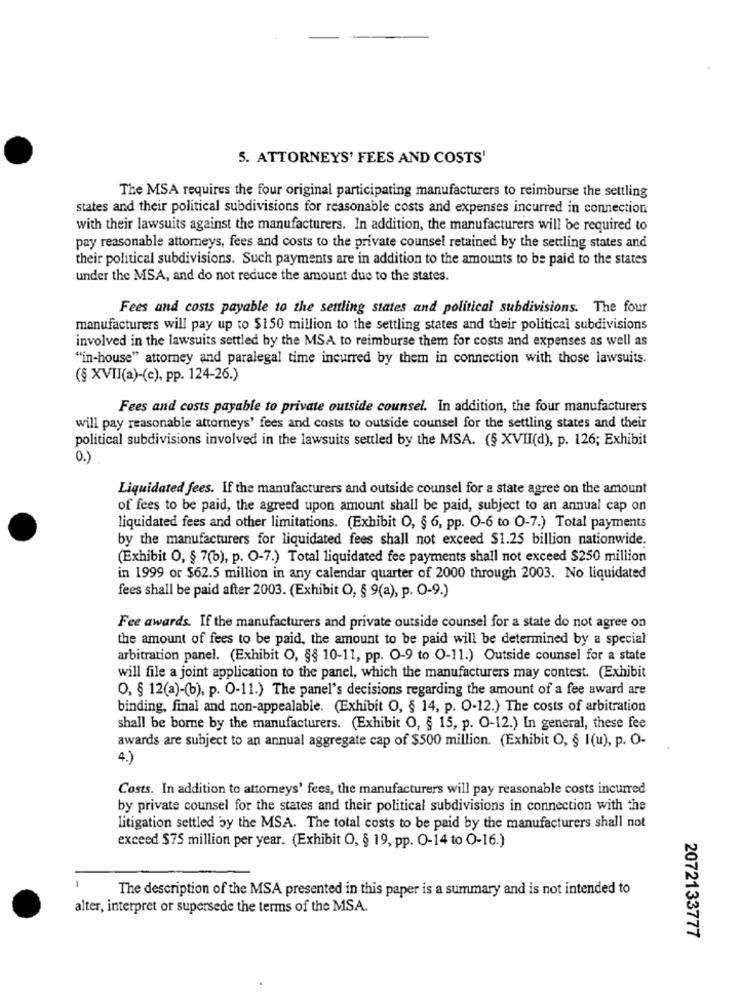
5. ATTORNEYS' FEES AND COSTS'
The MSA requires the four original participating manufacturers to reimburse the settling
states and their political subdivisions for reasonable costs and expenses incurred in connection
with their lawsuits against the manufacturers. In addition, the manufacturers will be required to
pay reasonable attorneys, fees and costs to the private counsel retained by the settling states and
their political subdivisions. Such payments are in addition to the amounts to be paid to the states
under the MSA, and do not reduce the amount due to the states.
Fees and costs payable to the settling states and political subdivisions. The four
manufacturers will pay up to $150 million to the settling states and their political subdivisions
involved in the lawsuits settled by the MSA to reimburse them for costs and expenses as well as
"in-house" attorney and paralegal time incurred by them in connection with those lawsuits.
(§ XVII(a)-(c), pp. 124-26.)
Fees and costs payable to private outside counsel. In addition, the four manufacturers
will pay reasonable attorneys' fees and costs to outside counsel for the settling states and their
political subdivisions involved in the lawsuits settled by the MSA. (§ XVII(d), p. 126; Exhibit
Liquidated fees. If the manufacturers and outside counsel for a state agree on the amount
of fees to be paid, the agreed upon amount shall be paid, subject to an annual cap on
liquidated fees and other limitations. (Exhibit O, § 6, pp. O-6 to O-7.) Total payments
by the manufacturers for liquidated fees shall not exceed $1.25 billion nationwide.
(Exhibit O, § 7(b), p. O-7.) Total liquidated fee payments shall not exceed $250 million
in 1999 or $62.5 million in any calendar quarter of 2000 through 2003. No liquidated
fees shall be paid after 2003. (Exhibit O, § 9(a), p. O-9.)
Fee awards. If the manufacturers and private outside counsel for a state do not agree on
the amount of fees to be paid, the amount to be paid will be determined by a special
arbitration panel. (Exhibit O, §§ 10-11, pp. O-9 to O-11.) Outside counsel for a state
will file a joint application to the panel, which the manufacturers may contest. (Exhibit
O, § 12(a)-(b), p. O-11.) The panel's decisions regarding the amount of a fee award are
binding, final and non-appealable. (Exhibit O, § 14, p. O-12.) The costs of arbitration
shall be borne by the manufacturers. (Exhibit O, § 15, p. O-12.) In general, these fee
awards are subject to an annual aggregate cap of $500 million. (Exhibit O, § 1(u), p. O-
4.)
Costs. In addition to attorneys' fees, the manufacturers will pay reasonable costs incurred
by private counsel for the states and their political subdivisions in connection with the
litigation settled by the MSA. The total costs to be paid by the manufacturers shall not
exceed $75 million per year. (Exhibit O, § 19, pp. O-14 to O-16.)
The description of the MSA presented in this paper is a summary and is not intended to
alter, interpret or supersede the terms of the MSA.
2072133777